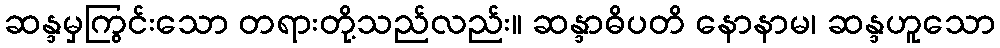
ဆန္ဒမှကြွင်းသော တရားတို့သည်လည်း။ ဆန္ဒာဓိပတိ နောနာမ၊ ဆန္ဒဟူသော